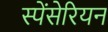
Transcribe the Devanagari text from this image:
स्पेंसेरियन